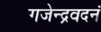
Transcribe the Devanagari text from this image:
गजेन्द्रवदनं